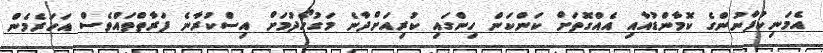
އެމަނިކުފާނުންގެ ކޮމާންޑުއާއި އެއްގޮތަށް ކަންކަން ހިންގައި ކުރިއަށްދާނެ މަގުހޯދުމަށް އިސްކުރާނެ ފަރާތްތައްވެސް އަހަރެމެން